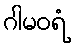
ဂါမဝရံ